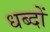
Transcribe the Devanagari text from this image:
धब्दों